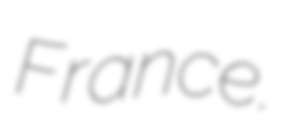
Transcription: France.